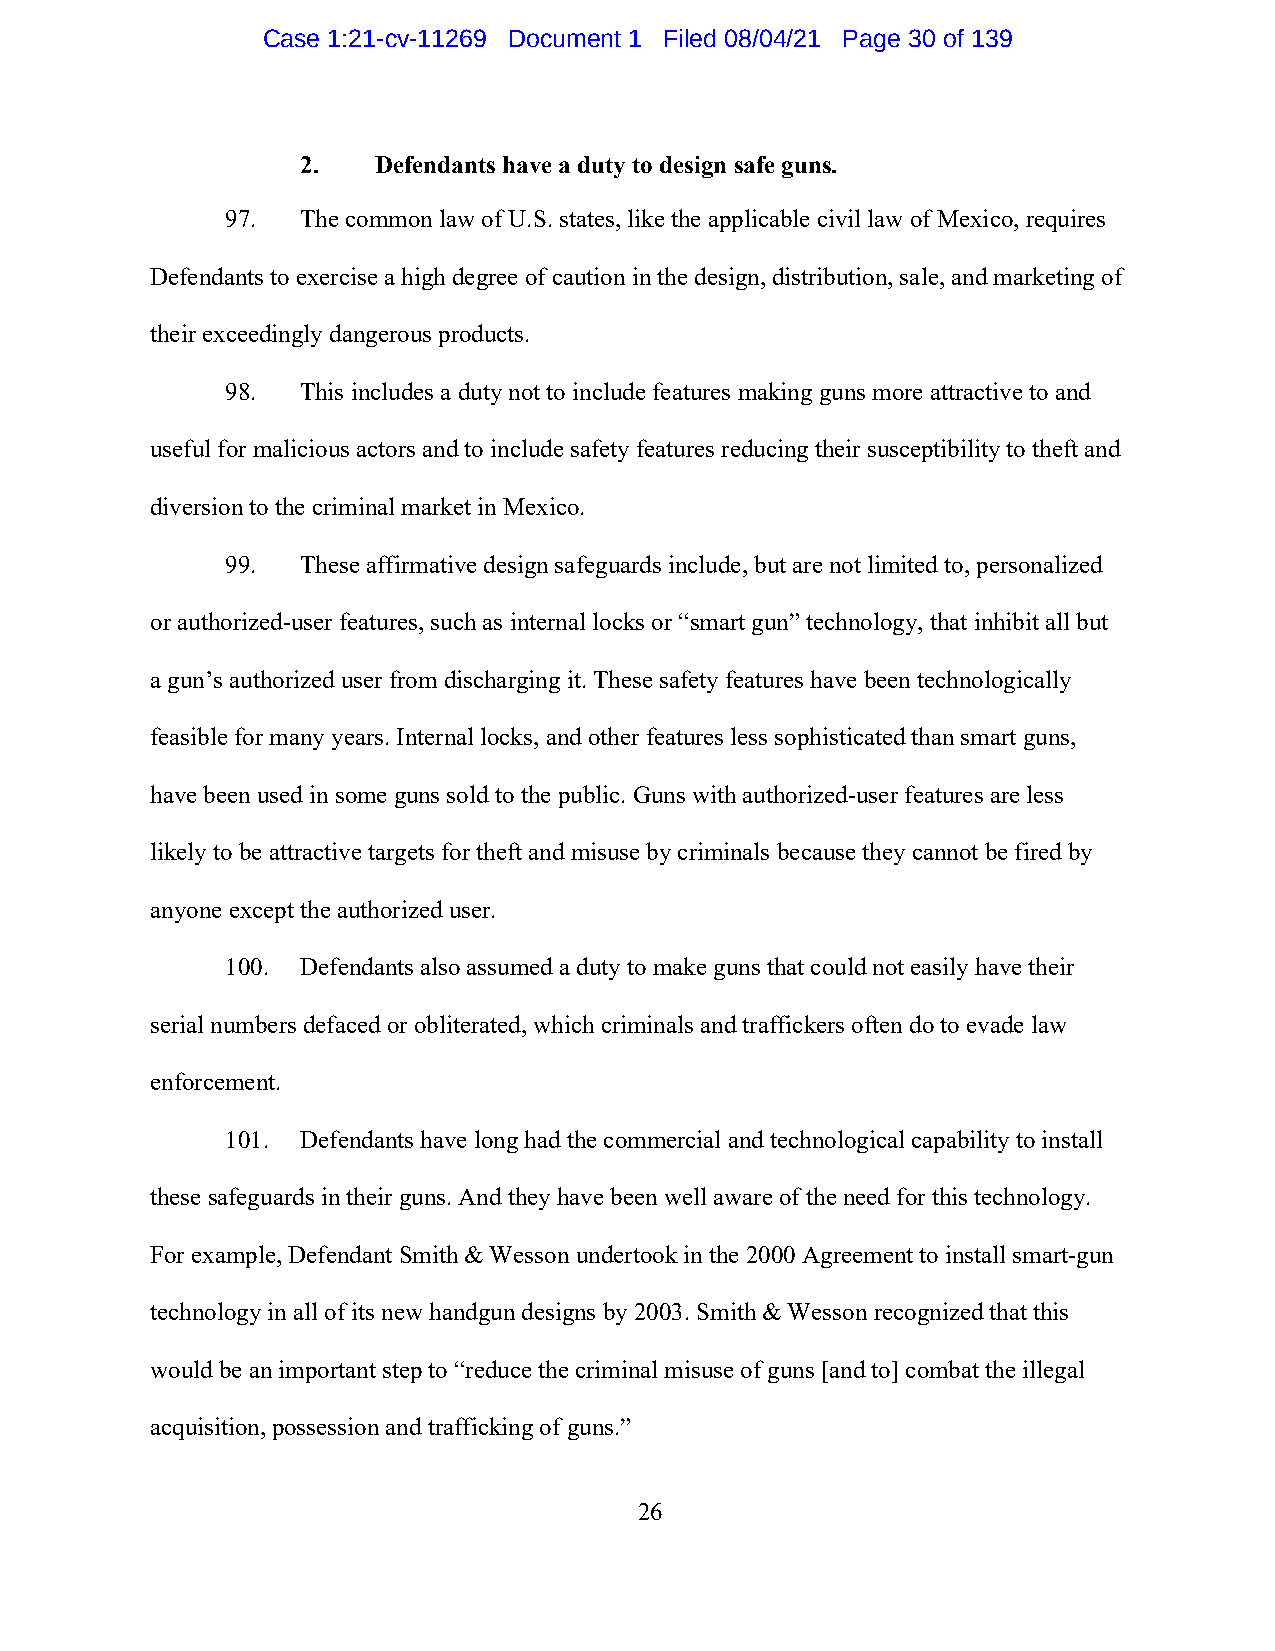
Case 1:21-cv-11269 Document 1 Filed 08/04/21 Page 30 of 139
 2.   Defendants have a duty to design safe guns.
 97.  The common law of U.S. states, like the applicable civil law of Mexico, requires
 Defendants to exercise a high degree of caution in the design, distribution, sale, and marketing of
 their exceedingly dangerous products.
 98.  This includes a duty not to include features making guns more attractive to and
 useful for malicious actors and to include safety features reducing their susceptibility to theft and
 diversion to the criminal market in Mexico.
 99.  These affirmative design safeguards include, but are not limited to, personalized
 or authorized-user features, such as internal locks or “smart gun” technology, that inhibit all but
 a gun’s authorized user from discharging it. These safety features have been technologically
 feasible for many years. Internal locks, and other features less sophisticated than smart guns,
 have been used in some guns sold to the public. Guns with authorized-user features are less
 likely to be attractive targets for theft and misuse by criminals because they cannot be fired by
 anyone except the authorized user.
 100. Defendants also assumed a duty to make guns that could not easily have their
 serial numbers defaced or obliterated, which criminals and traffickers often do to evade law
 enforcement.
 101. Defendants have long had the commercial and technological capability to install
 these safeguards in their guns. And they have been well aware of the need for this technology.
 For example, Defendant Smith & Wesson undertook in the 2000 Agreement to install smart-gun
 technology in all of its new handgun designs by 2003. Smith & Wesson recognized that this
 would be an important step to “reduce the criminal misuse of guns [and to] combat the illegal
 acquisition, possession and trafficking of guns.”
 26